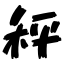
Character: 秤